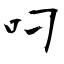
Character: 叼